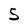
Character: 5